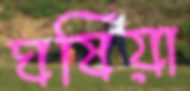
ঘষিয়া